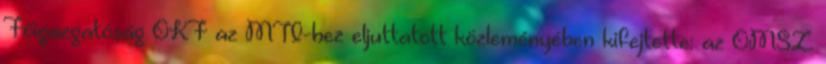
Főigazgatóság OKF az MTI-hez eljuttatott közleményében kifejtette: az OMSZ